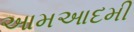
આમઆદમી